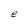
Character: e